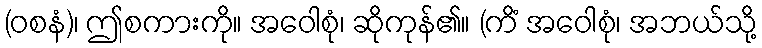
(ဝစနံ)၊ ဤစကားကို။ အဝေါစုံ၊ ဆိုကုန်၏။ (ကိံ အဝေါစုံ၊ အဘယ်သို့